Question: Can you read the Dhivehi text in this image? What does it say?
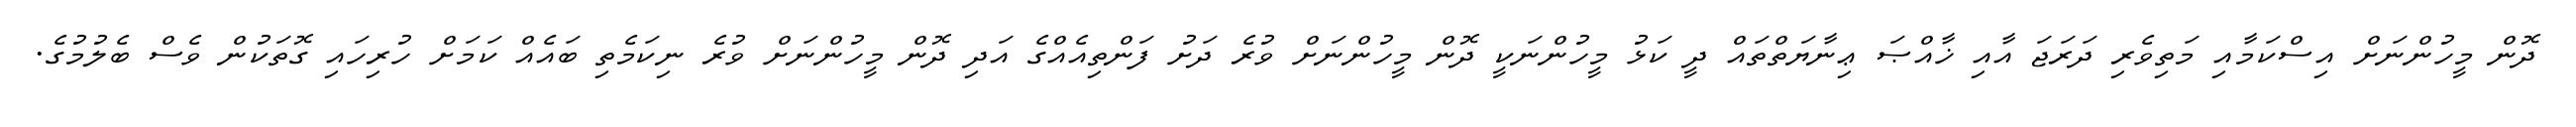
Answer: ދޮން މީހުންނަށް އިސްކަމާއި މަތިވެރި ދަރަޖަ އާއި ޚާއްޞަ ޢިނާޔަތްތައް ދީ ކަޅު މީހުންނަކީ ދޮން މީހުންނަށް ވުރެ ދަށު ފަންތިއެއްގެ އަދި ދޮން މީހުންނަށް ވުރެ ނިކަމެތި ބައެއް ކަމަށް ހުރިހައި ގޮތަކުން ވެސް ބެލުމުގެ.